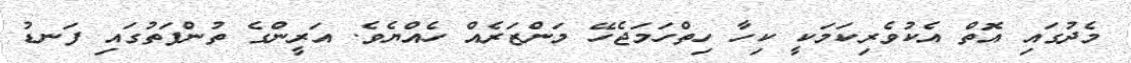
މެދުގައި އޮތް އެކުވެރިކަމަކީ ކިހާ ހިތްހަމަޖެހޭ މަންޒަރެއް ހެއްޔެވެ. އަރީންގެ ތުންފަތުގައި ފަނޑު